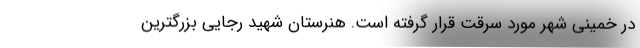
در خمینی شهر مورد سرقت قرار گرفته است. هنرستان شهید رجایی بزرگترین